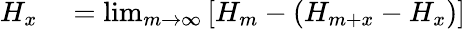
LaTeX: \begin{array}{rl}{H_{x}}&{{}=\operatorname*{lim}_{m\rightarrow\infty}\left[H_{m}-(H_{m+x}-H_{x})\right]}\end{array}